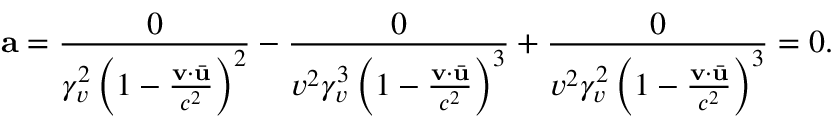
\mathbf { a } = \frac { 0 } { \gamma _ { v } ^ { 2 } \left( 1 - \frac { \mathbf { v } \cdot \bar { \mathbf { u } } } { c ^ { 2 } } \right) ^ { 2 } } - \frac { 0 } { v ^ { 2 } \gamma _ { v } ^ { 3 } \left( 1 - \frac { \mathbf { v } \cdot \bar { \mathbf { u } } } { c ^ { 2 } } \right) ^ { 3 } } + \frac { 0 } { v ^ { 2 } \gamma _ { v } ^ { 2 } \left( 1 - \frac { \mathbf { v } \cdot \bar { \mathbf { u } } } { c ^ { 2 } } \right) ^ { 3 } } = 0 .